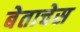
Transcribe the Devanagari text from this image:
बेताचेस